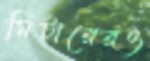
মিটারেরও